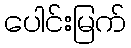
ပေါင်းမြက်